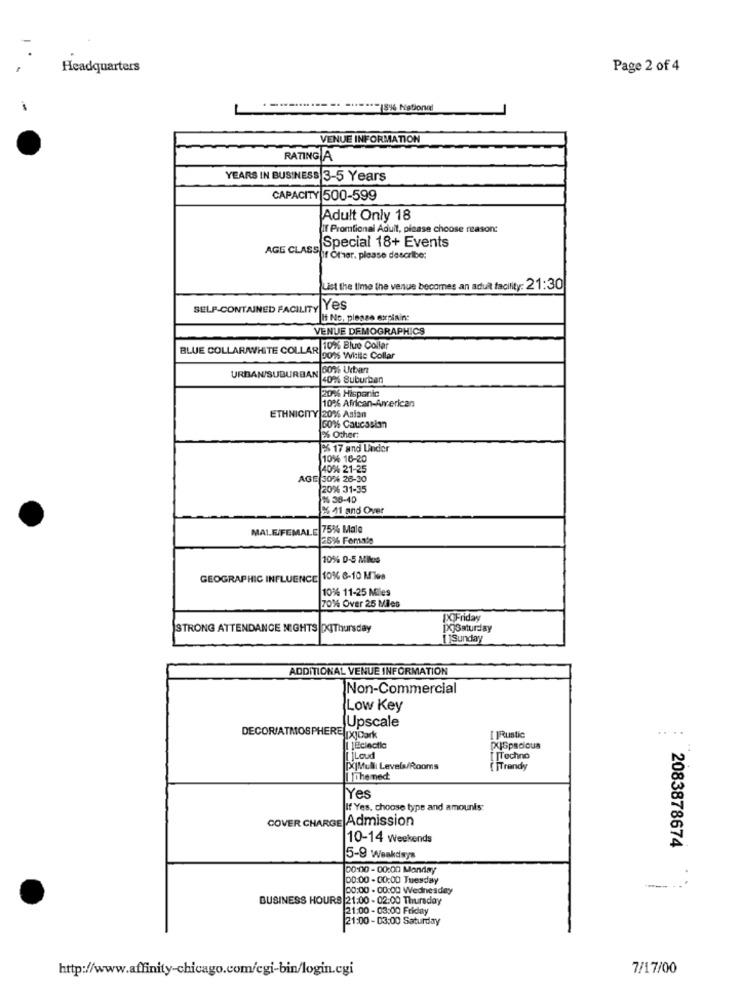
Headquarters
Page 2 of 4
L
8% National
VENUE INFORMATION
RATING A
YEARS IN BUSINESS 3-5 Years
CAPACITY 500-599
Adult Only 18
If Promtional Adult, please choose reason:
Special 18+ Events
AGE CLASSOf Other, please describe:
List the time the venue becomes an adult facility: 21:30
SELF-CONTAINED FACILITY Yes
ht Nc, please explain:
VENUE DEMOGRAPHICS
BLUE COLLARWHITE COLLAR 10%% Blue Collar
90% White Collar
URBAN/SUBURBAN DOS Urban
10% Suburban
2016 Hispanic
10% African-American
ETHNICITY 20% Asian
60% Caucasian
26 Other:
2% 17 and Linder
10% 16-20
40% 21-25
AGE 30% 28-30
20% 31-35
38-40
% 41 and Over
MALE FEMALE 75% Male
25% Female
10% 0-5 Miles
GEOGRAPHIC INFLUENCE 10% 8-10 Miles
10% 11-25 Miles
70% Over 25 Miles
[X]Friday
STRONG ATTENDANCE NIGHTS XIThursday
PXjSaturday
[ ]Sunday
ADDITIONAL VENUE INFORMATION
Non-Commercial
Low Key
Upscale
....
DECOR/ATMOSPHERE [x]Dark
[ ]Rustic
[ ]Loud
[ ]Techno
[X]Mulli Levels/Rooms
[ ]Trendy
Ithemed
Yes
If Yes, choose type and amounts:
COVER CHARGE Admission
10-14 Weekends
2083878674
5-9 Weakdays
00:00 - 00:00 Monday
00:00 - 00:00 Tuesday
00:00 - 00:00 Wednesday
BUSINESS HOURS 21:00 - 02:00 Thursday
21:00 - 03:00 Friday
21:00 - 03:00 Saturday
http://www.affinity-chicago.com/cgi-bin/login.cgi
7/17/00